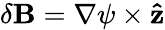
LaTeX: \delta\mathbf{B}=\nabla\psi\times\mathbf{\hat{z}}